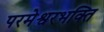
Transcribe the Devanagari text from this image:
परमेश्वरभक्ति